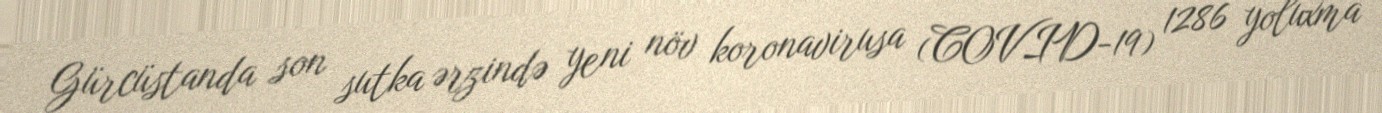
Gürcüstanda son sutka ərzində yeni növ koronavirusa (COVID-19) 1286 yoluxma